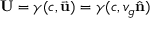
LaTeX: \mathbf { U } = \gamma ( c , { \vec { \mathbf { u } } } ) = \gamma ( c , v _ { g } { \hat { \mathbf { n } } } )